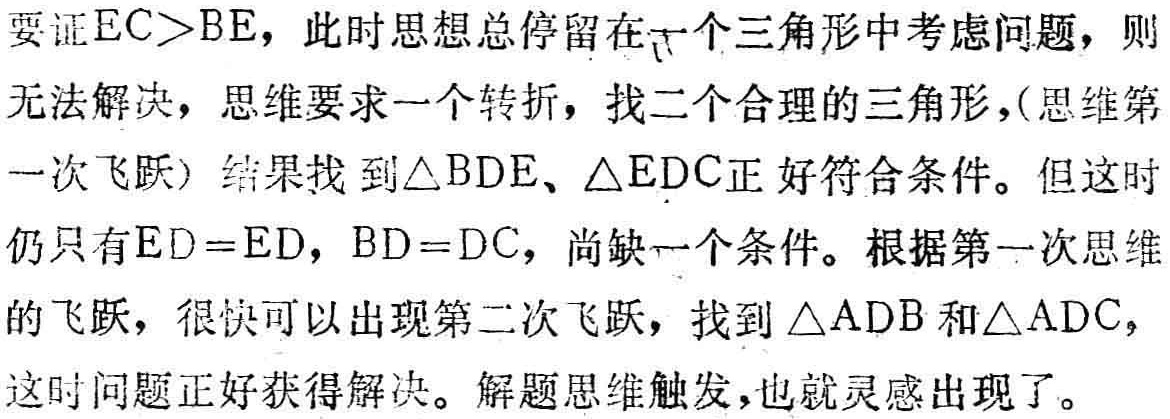
要证\(EC>BE\)，此时思想总停留在一个三角形中考虑问题，则

无法解决，思维要求一个转折，找二个合理的三角形，(思维第

一次飞跃) 结果找到\(\triangle BDE\)、\(\triangle EDC\)正好符合条件。但这时

仍只有\(ED = ED\)，\(BD = DC\)，尚缺一个条件。根据第一次思维

的飞跃，很快可以出现第二次飞跃，找到\(\triangle ADB\)和\(\triangle ADC\)，

这时问题正好获得解决。解题思维触发，也就灵感出现了。